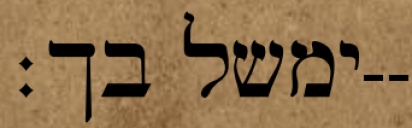
ימשל בך׃--